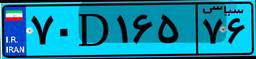
۷۰D۱۶۵۷۶